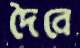
দৈবে